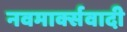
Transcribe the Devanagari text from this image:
नवमार्क्सवादी